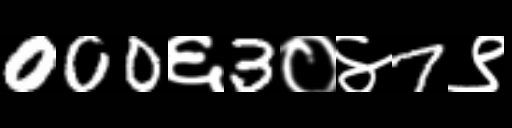
Text: 000६3०४7९